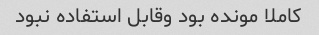
کاملا مونده بود وقابل استفاده نبود